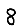
Digit: 8